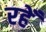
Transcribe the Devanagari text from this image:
रहेँ